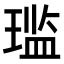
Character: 𫞨